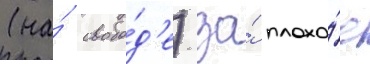
(на́ свобо́д'е) за́ плохо́е